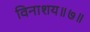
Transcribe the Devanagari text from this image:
विनाशय॥७॥